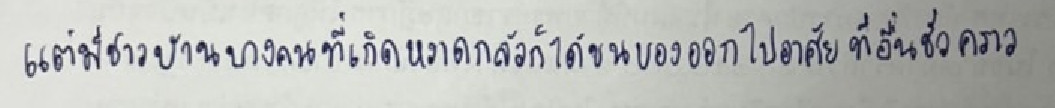
แต่มีชาวบ้านบางคนที่เกิดหวาดกลัวก็ได้ขนของออกไปอาศัยที่อื่นชั่วคราว